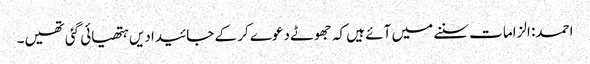
احمد: الزامات سننے میں آئے ہیں کہ جھوٹے دعوے کر کے جائیدادیں ہتھیائی گئی تھیں۔